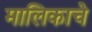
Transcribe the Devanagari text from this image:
मालिकाचे